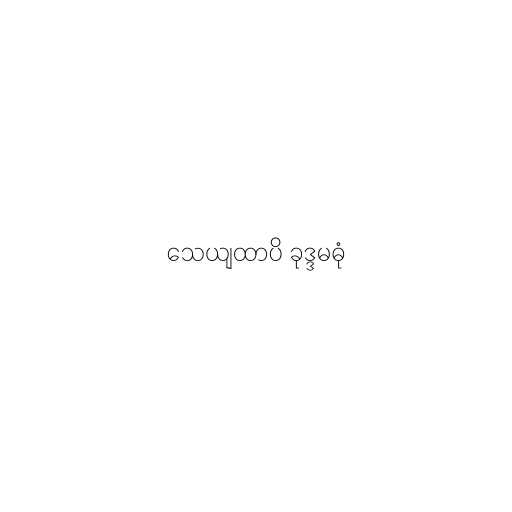
သေယျထာပိ ခုဒ္ဒမဓုံ